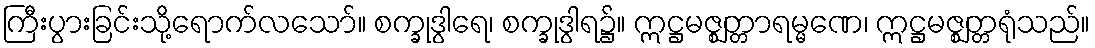
ကြီးပွားခြင်းသို့ရောက်လသော်။ စက္ခုဒွါရေ၊ စက္ခုဒွါရ၌။ ဣဋ္ဌမဇ္ဈတ္တာရမ္မဏေ၊ ဣဋ္ဌမဇ္ဈတ္တရုံသည်။